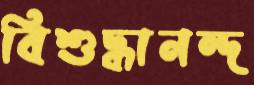
বিশুদ্ধানন্দ